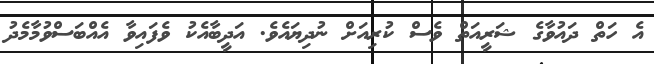
އެ ހަތް ދައުވާގެ ޝަރީއަތް ވެސް ކުރިއަށް ނުދިޔައެވެ. އަދީބާއެކު ވެފައިވާ އެއްބަސްވުމާމެދު